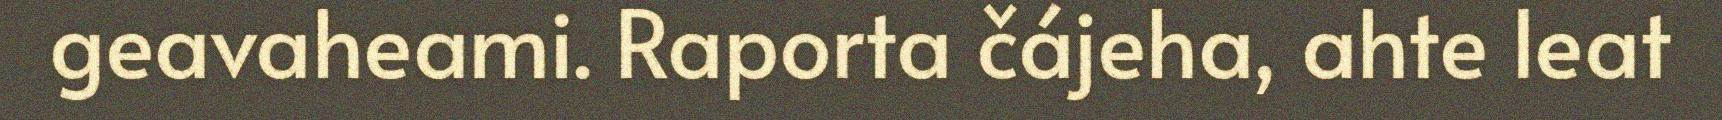
geavaheami. Raporta čájeha, ahte leat